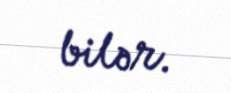
bilər.